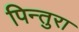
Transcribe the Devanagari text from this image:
पिन्तुरा